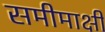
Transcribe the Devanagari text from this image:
समीमाक्षी